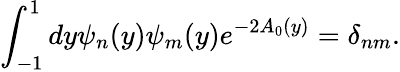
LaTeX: \int_{-1}^{1}dy\psi_{n}(y)\psi_{m}(y)e^{-2A_{0}(y)}=\delta_{nm}.